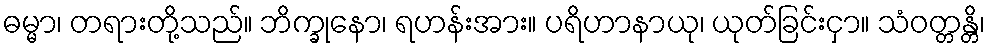
ဓမ္မာ၊ တရားတို့သည်။ ဘိက္ခုနော၊ ရဟန်းအား။ ပရိဟာနာယု၊ ယုတ်ခြင်းငှာ။ သံဝတ္တန္တိ၊